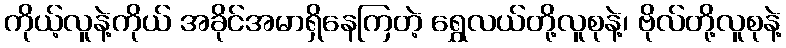
ကိုယ့်လူနဲ့ကိုယ် အခိုင်အမာရှိနေကြတဲ့ ရွှေလယ်တို့လူစုနဲ့၊ ဗိုလ်တို့လူစုနဲ့